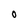
Character: O